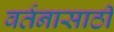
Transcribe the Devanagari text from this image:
वर्तनासाठी